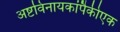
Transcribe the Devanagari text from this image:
अष्टविनायकांपैकीएक